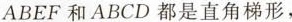
ABEF和ABCD都是直角梯形，